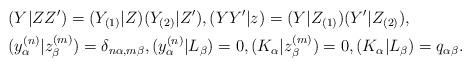
LaTeX: \begin{align*}&(Y|ZZ')=(Y_{(1)}|Z)(Y_{(2)}|Z'), (YY'|z)=(Y|Z_{(1)})(Y'|Z_{(2)}), \\&(y_{\alpha}^{(n)}|z_{\beta}^{(m)})= \delta_{n\alpha,m\beta}, (y_{\alpha}^{(n)}|L_{\beta})=0, (K_{\alpha}|z_{\beta}^{(m)})=0, (K_{\alpha}|L_{\beta})= q_{\alpha\beta}.\end{align*}